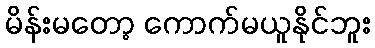
မိန်းမတော့ ကောက်မယူနိုင်ဘူး